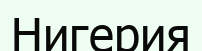
Нигерия